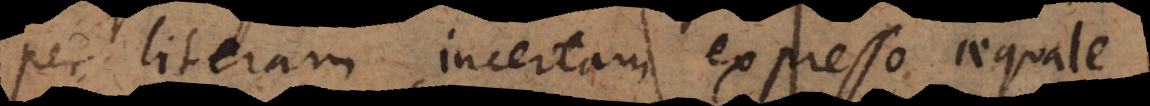
per literam incertam expresso aequale